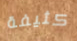
كثيفة